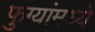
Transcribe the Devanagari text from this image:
फुग्यांमध्ये